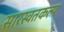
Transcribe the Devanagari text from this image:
सारस्वतकल्प